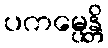
ပကမ္ပေန္တိ